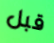
قبل